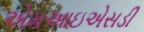
એમઆઇએસડી